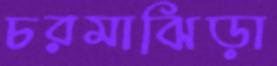
চরমাঝিড়া